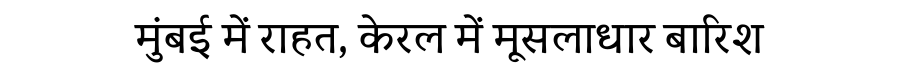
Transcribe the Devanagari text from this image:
मुंबई में राहत, केरल में मूसलाधार बारिश